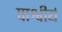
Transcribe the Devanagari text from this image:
पाश्वीर्य